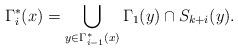
LaTeX: \begin{align*} \Gamma_{i}^*(x) = \bigcup_{y \in \Gamma_{i-1}^*(x)} \Gamma_1(y) \cap S_{k+i}(y). \end{align*}